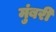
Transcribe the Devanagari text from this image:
मुंबरी